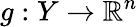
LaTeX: g:Y\to\mathbb{R}^{n}